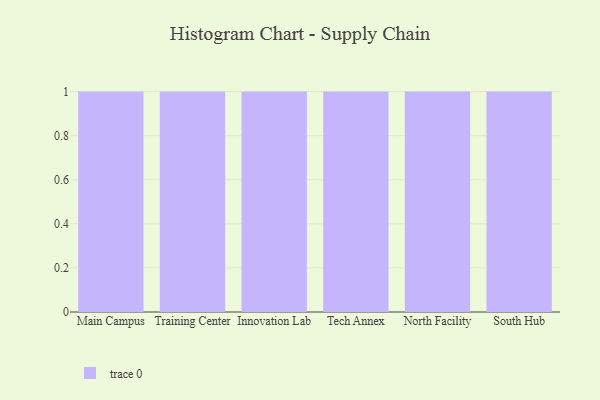
{"axis": {"x": "Campus", "y": "Revenue (USD Million)"}, "legend": [""], "data": [{"x": "Main Campus", "y": 52, "type": ""}, {"x": "Training Center", "y": 1, "type": ""}, {"x": "Innovation Lab", "y": 71, "type": ""}, {"x": "Tech Annex", "y": 5, "type": ""}, {"x": "North Facility", "y": 17, "type": ""}, {"x": "South Hub", "y": 77, "type": ""}]}